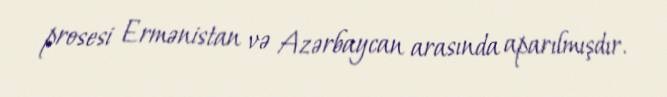
prosesi Ermənistan və Azərbaycan arasında aparılmışdır.